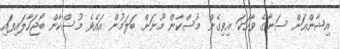
އިޝާންއަށް ސަނާގެ ވާހަކަ އިވިގެން މުސްކާން މޫނަށް ބަލަމުން އައެވެ މުސްކާން ބޯޖަހާލައިފައި